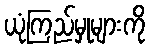
ယုံကြည်မှုများကို